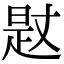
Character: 𣈡